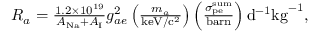
\begin{array} { r } { R _ { a } = \frac { 1 . 2 \times 1 0 ^ { 1 9 } } { A _ { \mathrm { N a } } + A _ { \mathrm { I } } } g _ { a e } ^ { 2 } \left( \frac { m _ { a } } { \mathrm { k e V / c ^ { 2 } } } \right) \left( \frac { \sigma _ { \mathrm { p e } } ^ { \mathrm { s u m } } } { \mathrm { b a r n } } \right) \mathrm { d } ^ { - 1 } \mathrm { k g } ^ { - 1 } , } \end{array}